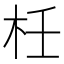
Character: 𣐅